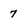
Character: 7